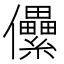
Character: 儽